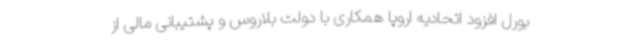
بورل افزود اتحادیه اروپا همکاری با دولت بلاروس و پشتیبانی مالی از